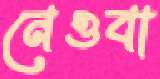
নেওবা